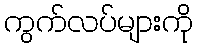
ကွက်လပ်များကို